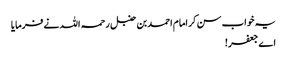
یہ خواب سن کر امام احمد بن حنبل رحمہ اللہ نے فرمایا
اے جعفر!